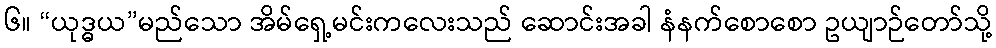
၆။ “ယုဒ္ဓယ”မည်သော အိမ်ရှေ့မင်းကလေးသည် ဆောင်းအခါ နံနက်စောစော ဥယျာဉ်တော်သို့